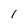
Character: 1